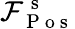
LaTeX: \mathcal{F}_{\mathrm{~P~o~s~}}^{\mathrm{~s~}}